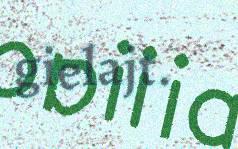
gielajt.